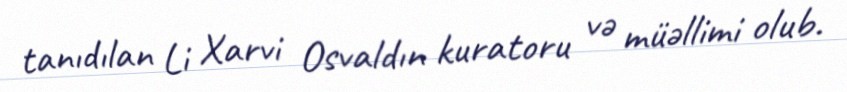
tanıdılan Li Xarvi Osvaldın kuratoru və müəllimi olub.